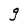
Character: g